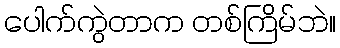
ပေါက်ကွဲတာက တစ်ကြိမ်ဘဲ။